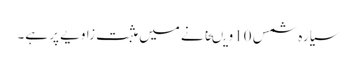
سیارہ شمس 10ویںخانے میں مثبت زاویے پر ہے۔